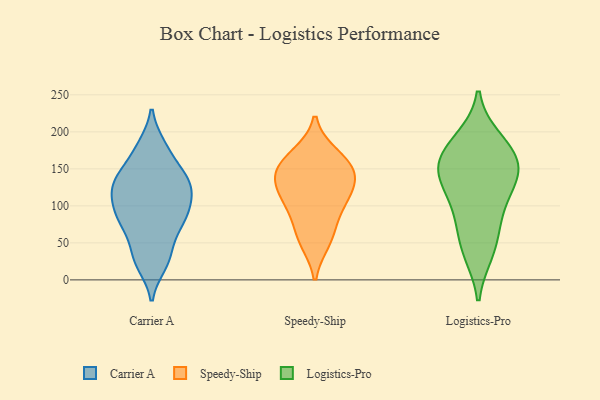
{"axis": {"x": "Page Views", "y": "Value"}, "legend": ["Carrier A", "Logistics-Pro", "Speedy-Ship"], "data": [{"x": "", "y": 181, "type": "Carrier A"}, {"x": "", "y": 76, "type": "Carrier A"}, {"x": "", "y": 181, "type": "Carrier A"}, {"x": "", "y": 107, "type": "Carrier A"}, {"x": "", "y": 93, "type": "Carrier A"}, {"x": "", "y": 106, "type": "Carrier A"}, {"x": "", "y": 31, "type": "Carrier A"}, {"x": "", "y": 86, "type": "Carrier A"}, {"x": "", "y": 133, "type": "Carrier A"}, {"x": "", "y": 25, "type": "Carrier A"}, {"x": "", "y": 130, "type": "Carrier A"}, {"x": "", "y": 75, "type": "Carrier A"}, {"x": "", "y": 52, "type": "Carrier A"}, {"x": "", "y": 21, "type": "Carrier A"}, {"x": "", "y": 152, "type": "Carrier A"}, {"x": "", "y": 125, "type": "Carrier A"}, {"x": "", "y": 82, "type": "Carrier A"}, {"x": "", "y": 123, "type": "Carrier A"}, {"x": "", "y": 151, "type": "Carrier A"}, {"x": "", "y": 131, "type": "Carrier A"}, {"x": "", "y": 62, "type": "Speedy-Ship"}, {"x": "", "y": 121, "type": "Speedy-Ship"}, {"x": "", "y": 53, "type": "Speedy-Ship"}, {"x": "", "y": 154, "type": "Speedy-Ship"}, {"x": "", "y": 103, "type": "Speedy-Ship"}, {"x": "", "y": 157, "type": "Speedy-Ship"}, {"x": "", "y": 136, "type": "Speedy-Ship"}, {"x": "", "y": 137, "type": "Speedy-Ship"}, {"x": "", "y": 168, "type": "Speedy-Ship"}, {"x": "", "y": 100, "type": "Speedy-Ship"}, {"x": "", "y": 44, "type": "Logistics-Pro"}, {"x": "", "y": 38, "type": "Logistics-Pro"}, {"x": "", "y": 182, "type": "Logistics-Pro"}, {"x": "", "y": 82, "type": "Logistics-Pro"}, {"x": "", "y": 91, "type": "Logistics-Pro"}, {"x": "", "y": 122, "type": "Logistics-Pro"}, {"x": "", "y": 157, "type": "Logistics-Pro"}, {"x": "", "y": 136, "type": "Logistics-Pro"}, {"x": "", "y": 189, "type": "Logistics-Pro"}, {"x": "", "y": 168, "type": "Logistics-Pro"}, {"x": "", "y": 148, "type": "Logistics-Pro"}, {"x": "", "y": 143, "type": "Logistics-Pro"}]}